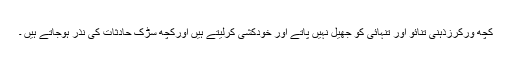
کچھ ورکرزذہنی تنائو اور تنہائی کو جھیل نہیں پاتے اور خودکشی کرلیتے ہیں اورکچھ سڑک حادثات کی نذر ہوجاتے ہیں ۔